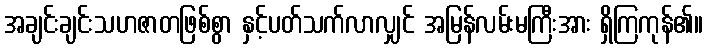
အချင်းချင်းသဟဇာတဖြစ်စွာ နှင့်ပတ်သက်လာလျှင် အမြန်လမ်းမကြီးအား ရှိကြကုန်၏။